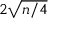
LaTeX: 2 { \sqrt { n / 4 } }